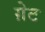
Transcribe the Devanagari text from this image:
ग़ेट